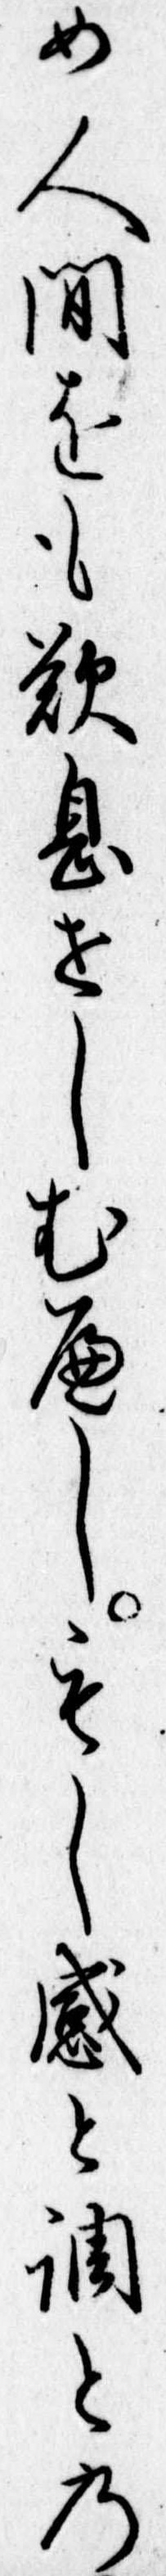
め人間をも歎息せしむへしもし感と調との